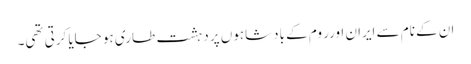
ان کے نام سے ایران اورر وم کے بادشاہوں پر دہشت طاری ہو جایا کرتی تھی۔